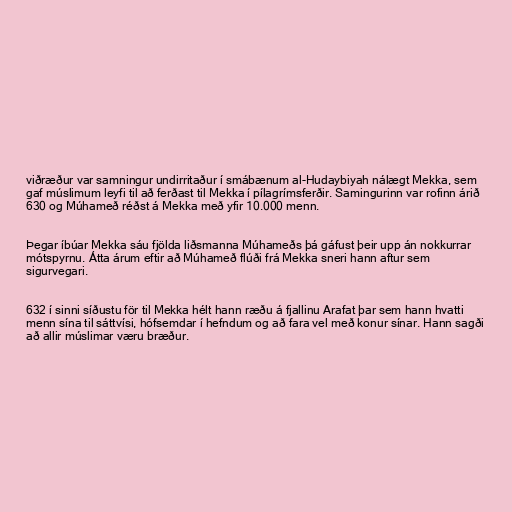
viðræður var samningur undirritaður í smábænum al-Hudaybiyah nálægt Mekka, sem
gaf múslimum leyfi til að ferðast til Mekka í pílagrímsferðir. Samingurinn var rofinn árið
630 og Múhameð réðst á Mekka með yfir 10.000 menn.

Þegar íbúar Mekka sáu fjölda liðsmanna Múhameðs þá gáfust þeir upp án nokkurrar
mótspyrnu. Átta árum eftir að Múhameð flúði frá Mekka sneri hann aftur sem
sigurvegari.

632 í sinni síðustu för til Mekka hélt hann ræðu á fjallinu Arafat þar sem hann hvatti
menn sína til sáttvísi, hófsemdar í hefndum og að fara vel með konur sínar. Hann sagði
að allir múslimar væru bræður.